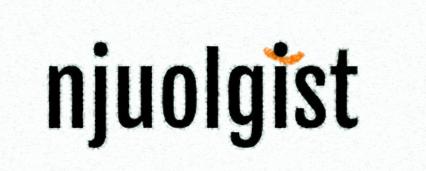
njuolgist